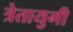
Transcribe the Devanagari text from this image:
त्रेतायुगी